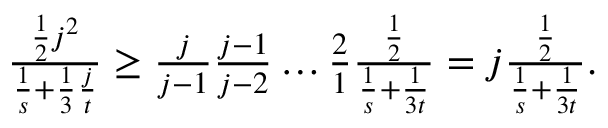
\begin{array} { r } { \frac { \frac { 1 } { 2 } j ^ { 2 } } { \frac { 1 } { s } + \frac { 1 } { 3 } \frac { j } { t } } \geq \frac { j } { j - 1 } \frac { j - 1 } { j - 2 } \ldots \frac { 2 } { 1 } \frac { \frac { 1 } { 2 } } { \frac { 1 } { s } + \frac { 1 } { 3 t } } = j \frac { \frac { 1 } { 2 } } { \frac { 1 } { s } + \frac { 1 } { 3 t } } . } \end{array}